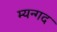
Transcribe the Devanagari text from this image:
म्यन्गद